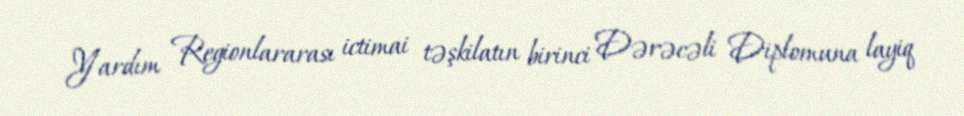
Yardım Regionlararası ictimai təşkilatın birinci Dərəcəli Diplomuna layiq